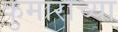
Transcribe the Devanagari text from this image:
कुमाराच्या